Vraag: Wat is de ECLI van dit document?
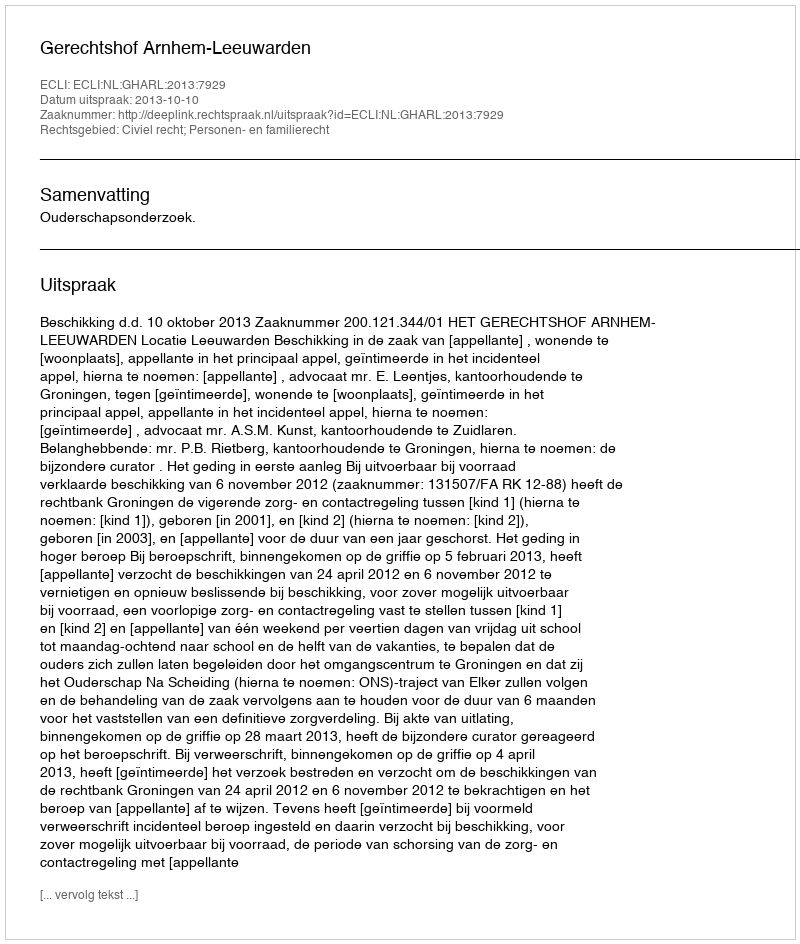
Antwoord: ECLI:NL:GHARL:2013:7929